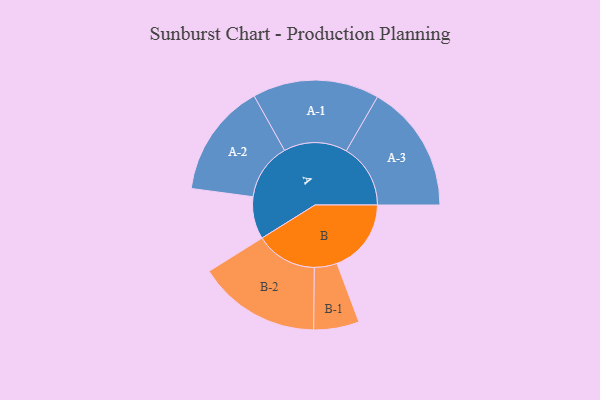
{"axis": {"x": "Segment", "y": "Value"}, "legend": ["", "A", "B"], "data": [{"x": "A", "y": 198, "type": ""}, {"x": "B", "y": 347, "type": ""}, {"x": "A-1", "y": 296, "type": "A"}, {"x": "A-2", "y": 266, "type": "A"}, {"x": "A-3", "y": 300, "type": "A"}, {"x": "B-1", "y": 106, "type": "B"}, {"x": "B-2", "y": 287, "type": "B"}]}